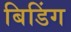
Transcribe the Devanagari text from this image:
बिडिंग